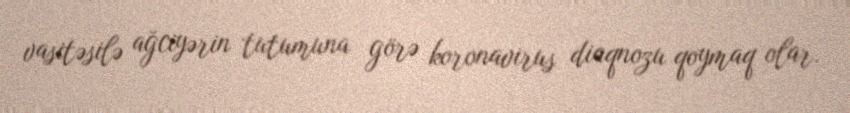
vasitəsilə ağciyərin tutumuna görə koronavirus diaqnozu qoymaq olar.